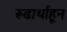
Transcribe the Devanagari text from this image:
रूढार्थाहून